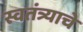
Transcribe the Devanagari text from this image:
स्वतंत्र्याचे